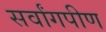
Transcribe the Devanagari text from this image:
सर्वांगपीण